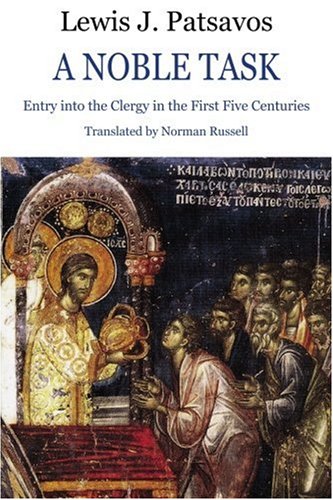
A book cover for A Noble Task: Entry into the Clergy in the First Five Centuries; Lewis J. Patsavos; Christian Books & Bibles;